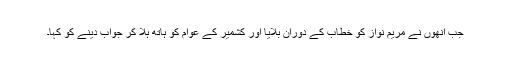
جب انھوں نے مریم نواز کو خطاب کے دوران بلایا اور کشمیر کے عوام کو ہاتھ ہلا کر جواب دینے کو کہا۔